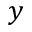
y